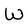
Character: W